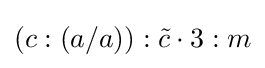
(c:(a/a)):{\tilde {c}}\cdot 3:m